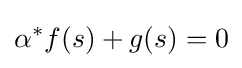
\alpha ^{*}f(s)+g(s)=0